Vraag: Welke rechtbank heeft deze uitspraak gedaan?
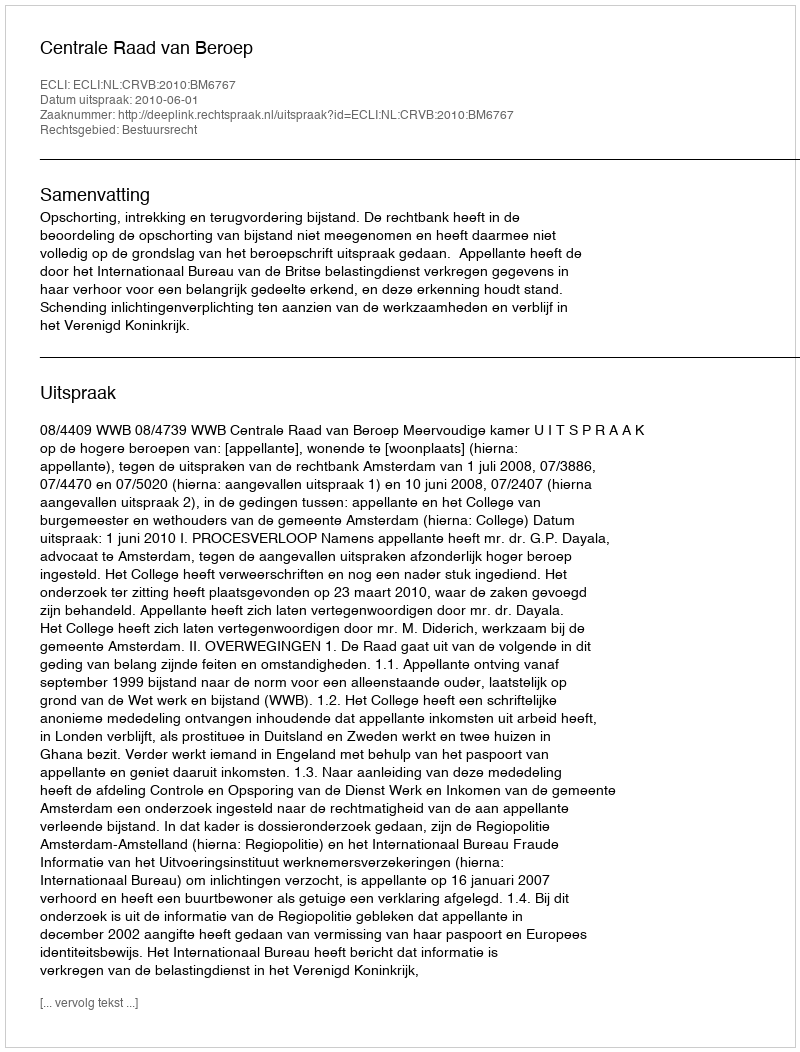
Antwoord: Centrale Raad van Beroep